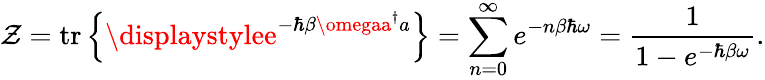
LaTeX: \mathcal{Z}={\mathrm{{tr}}}\left\{ \displaystylee^{-\hbar\beta\omegaa^{\dagger}a}\right\} =\sum_{n=0}^{\infty}e^{-n\beta\hbar\omega}={\frac{{1}}{{1-e^{-\hbar\beta\omega}}}}.